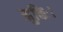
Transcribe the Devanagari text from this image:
मुक्तिः।